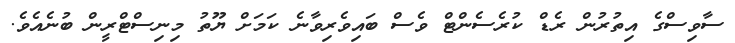
ސާވިސްގެ އިތުރުން ރެޑް ކުރެސެންޓް ވެސް ބައިވެރިވާނެ ކަމަށް ޔޫތު މިނިސްޓްރީން ބުނެއެވެ.